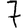
Digit: 7